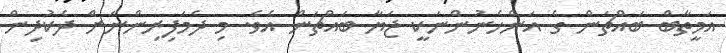
އަމީތާބް ބައްޗަން ގެ އަންހެނުންނަކީ ޖަޔާ ބައްޗަން އެވެ. މި ދެމަފިރިންނަށް ދެކުދިން